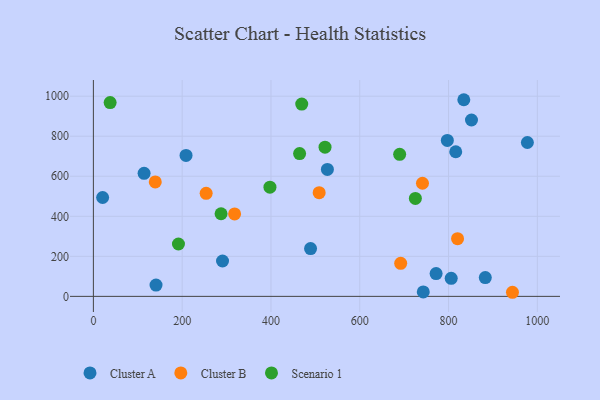
{"axis": {"x": "Speed", "y": "Demand"}, "legend": ["Cluster A", "Cluster B", "Scenario 1"], "data": [{"x": "743.1", "y": 22.0, "type": "Cluster A"}, {"x": "797.3", "y": 779.1, "type": "Cluster A"}, {"x": "834.4", "y": 982.4, "type": "Cluster A"}, {"x": "208.7", "y": 704.1, "type": "Cluster A"}, {"x": "489.2", "y": 238.9, "type": "Cluster A"}, {"x": "527.1", "y": 634.3, "type": "Cluster A"}, {"x": "977.6", "y": 768.6, "type": "Cluster A"}, {"x": "806.0", "y": 90.0, "type": "Cluster A"}, {"x": "851.7", "y": 881.1, "type": "Cluster A"}, {"x": "882.8", "y": 93.9, "type": "Cluster A"}, {"x": "114.2", "y": 614.7, "type": "Cluster A"}, {"x": "290.9", "y": 176.6, "type": "Cluster A"}, {"x": "816.2", "y": 722.4, "type": "Cluster A"}, {"x": "772.0", "y": 113.7, "type": "Cluster A"}, {"x": "141.1", "y": 56.2, "type": "Cluster A"}, {"x": "20.8", "y": 493.8, "type": "Cluster A"}, {"x": "254.0", "y": 514.7, "type": "Cluster B"}, {"x": "741.3", "y": 565.1, "type": "Cluster B"}, {"x": "139.4", "y": 571.7, "type": "Cluster B"}, {"x": "692.2", "y": 164.9, "type": "Cluster B"}, {"x": "820.3", "y": 288.1, "type": "Cluster B"}, {"x": "318.1", "y": 411.6, "type": "Cluster B"}, {"x": "508.6", "y": 518.1, "type": "Cluster B"}, {"x": "944.0", "y": 20.4, "type": "Cluster B"}, {"x": "37.7", "y": 968.0, "type": "Scenario 1"}, {"x": "397.7", "y": 545.6, "type": "Scenario 1"}, {"x": "287.6", "y": 412.8, "type": "Scenario 1"}, {"x": "521.8", "y": 745.1, "type": "Scenario 1"}, {"x": "725.3", "y": 489.3, "type": "Scenario 1"}, {"x": "464.5", "y": 713.6, "type": "Scenario 1"}, {"x": "689.9", "y": 709.6, "type": "Scenario 1"}, {"x": "191.6", "y": 261.5, "type": "Scenario 1"}, {"x": "469.3", "y": 960.8, "type": "Scenario 1"}]}